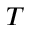
T